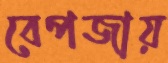
বেপজায়